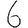
Digit: 6